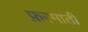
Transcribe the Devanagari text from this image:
फ़रमाती